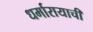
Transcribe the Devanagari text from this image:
धर्मारायाची